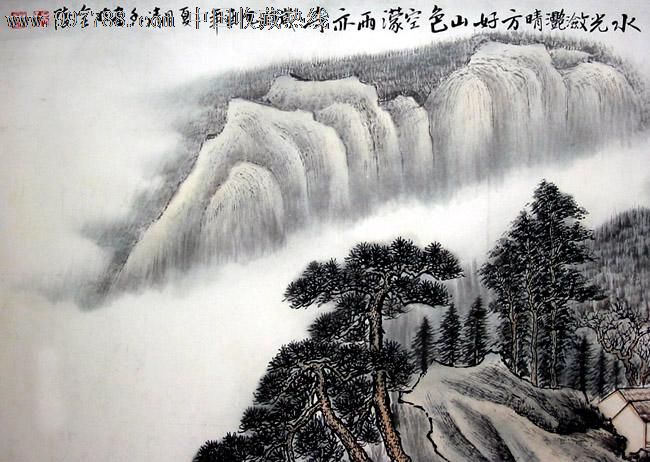
水光潋滟晴方好，山色空蒙雨亦奇。